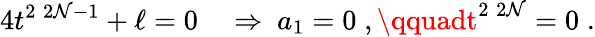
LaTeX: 4t^{2\; 2\mathcal{N}-1}+\ell=0\quad\Rightarrow\ a_{1}=0\; ,\qquadt^{2\; 2\mathcal{N}}=0\; .